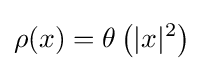
\rho (x)=\theta \left(|x|^{2}\right)